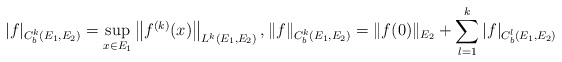
\begin{align*} | f |_{ C^k_b( E_1, E_2) }= \sup_{ x \in E_1 } \left\| f^{ ( k ) }( x ) \right\|_{ L^{ k }( E_1, E_2 ) } , \| f \|_{ C^k_b(E_1,E_2) }= \| f(0) \|_{ E_2 } + \sum^k_{ l = 1 } | f |_{ C^l_b(E_1,E_2) }\end{align*}